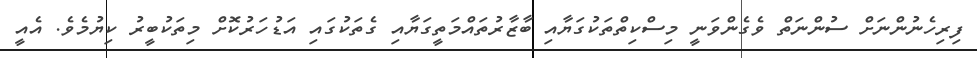
ފިރިހެނުންނަށް ސުންނަތް ވެގެންވަނީ މިސްކިތްތަކުގަޔާއި ބާޒާރުތައްމަތީގަޔާއި ގެތަކުގައި އަޑުހަރުކޮށް މިތަކުބީރު ކިޔުމެވެ. އެއީ